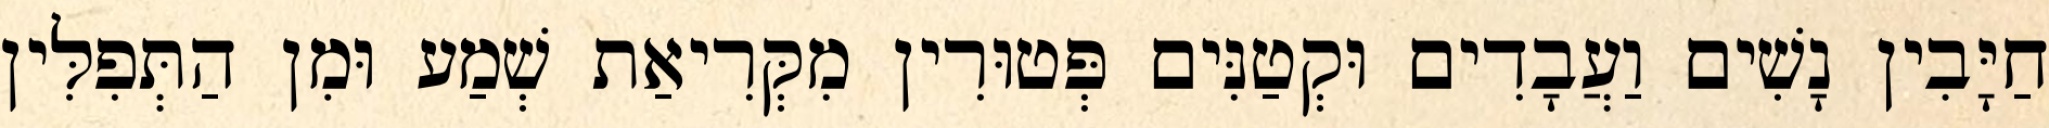
חַיָּבִין נָשִׁים וַעֲבָדִים וּקְטַנִּים פְּטוּרִין מִקְּרִיאַת שְׁמַע וּמִן הַתְּפִלִּין